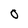
Character: 0